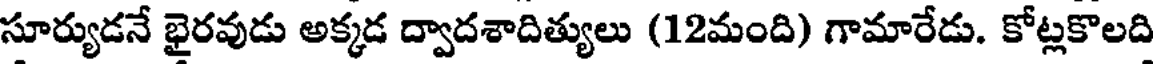
సూర్యుడనే భైరవుడు అక్కడ ద్వాదశాదిత్యులు (12మంది) గామారేడు. కోట్లకొలది